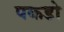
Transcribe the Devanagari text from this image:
पकडो